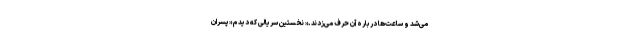
می‌شد و ساعت‌ها درباره آن حرف می‌زدند.« نخستین سریالی که دیدم «پسران